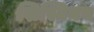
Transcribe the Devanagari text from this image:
ख्रिस्तियन